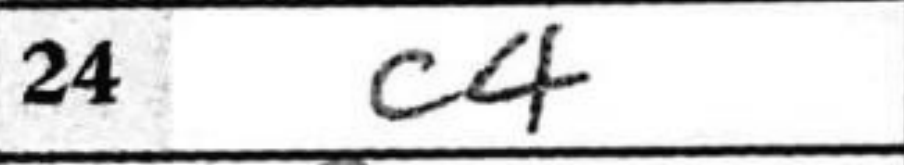
Transcription: c4